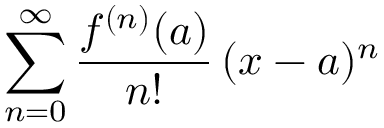
\sum _ { n = 0 } ^ { \infty } { \frac { f ^ { ( n ) } ( a ) } { n ! } } \, ( x - a ) ^ { n }